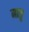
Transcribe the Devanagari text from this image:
मात्रु